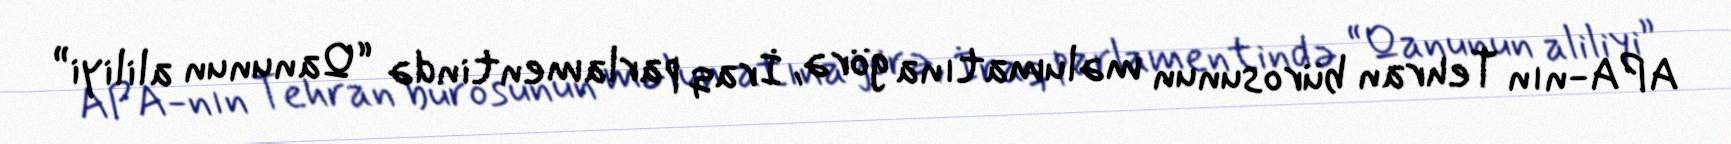
APA-nın Tehran bürosunun məlumatına görə, İraq parlamentində “Qanunun aliliyi”